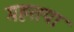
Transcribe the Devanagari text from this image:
महत्तया